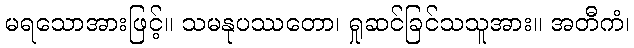
မရသောအားဖြင့်။ သမနုပဿတော၊ ရှုဆင်ခြင်သသူအား။ အတီကံ၊